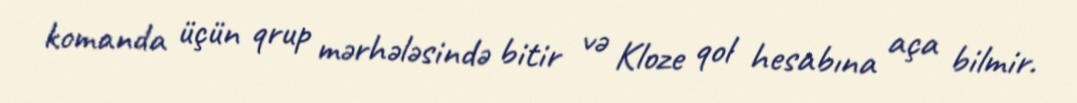
komanda üçün qrup mərhələsində bitir və Kloze qol hesabına aça bilmir.